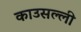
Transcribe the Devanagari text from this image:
काउसल्ली